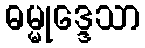
ဓမ္မုဒ္ဒေသာ